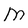
Character: M